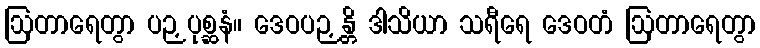
ဩတာရေတွာ ပဉှပုစ္ဆနံ။ ဒေဝပဉှန္တိ ဒါသိယာ သရီရေ ဒေဝတံ ဩတာရေတွာ